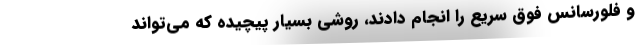
و فلورسانس فوق سریع را انجام دادند، روشی بسیار پیچیده که می‌تواند